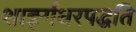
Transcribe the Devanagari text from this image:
शार्ङ्गधरपद्धति